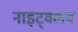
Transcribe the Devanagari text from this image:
नाइट्क्लब